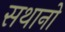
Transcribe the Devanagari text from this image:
सथानो